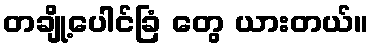
တချို့ပေါင်ခြံ တွေ ယားတယ်။